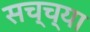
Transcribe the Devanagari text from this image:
सच्च्या